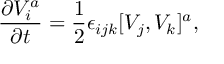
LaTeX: { \frac { \partial V _ { i } ^ { a } } { \partial t } } = { \frac { 1 } { 2 } } \epsilon _ { i j k } [ V _ { j } , V _ { k } ] ^ { a } ,